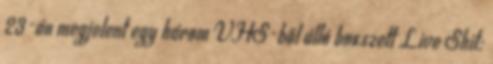
23-án megjelent egy három VHS-ből álló boxszett Live Shit: